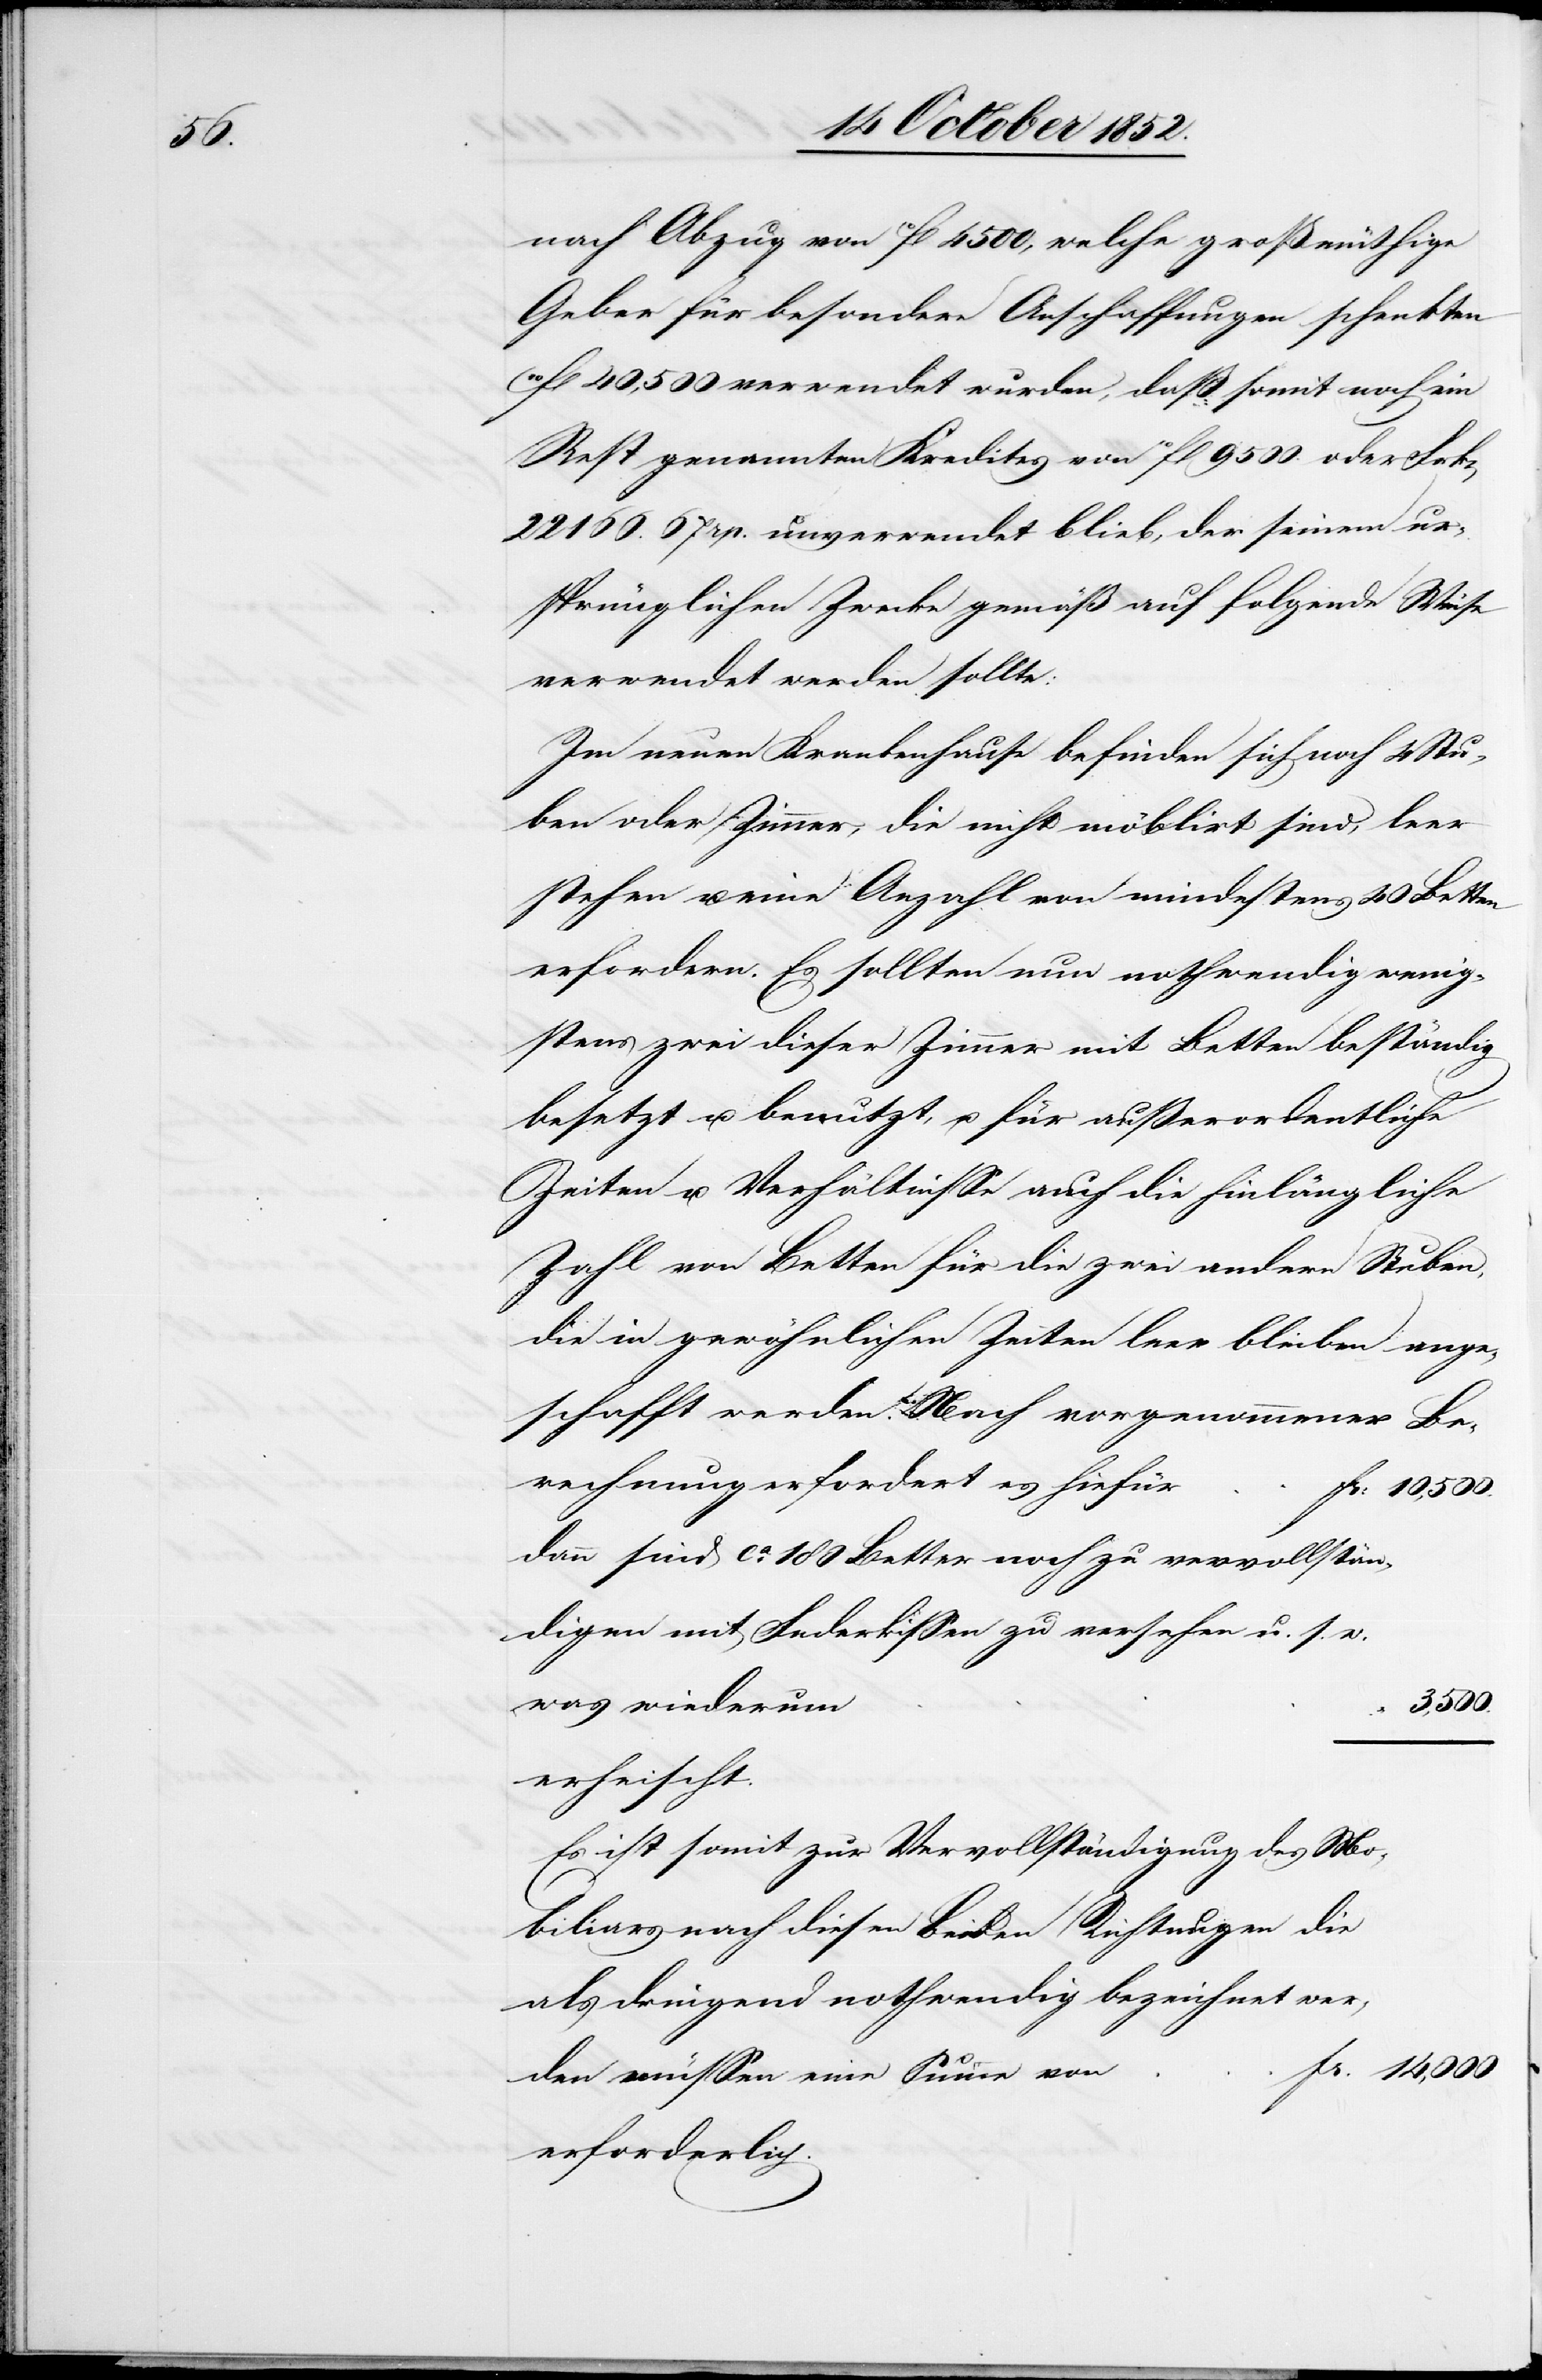
nach Abzug von 10fl 4500, welche großmüthige
Geber für besondere Anschaffungen schenkten
10fl 40,500 verwendet wurden, daß somit noch ein
Rest genannten Kredites von 10fl 9500. oder Frk[en]
22 166. 67 rp. unverwendet blieb, der seinem ur¬
sprünglichen Zwecke gemäß auf folgende Weise
verwendet werden sollte:
Im neuen Krankenhause befinden sich noch 4 Stu¬
ben oder Zimmer, die nicht möblirt sind, leer
stehen u. eine Anzahl von mindestens 40 Betten
erfordern. Es sollten nun nothwendig wenig¬
stens zwei dieser Zimmer mit Betten beständig
besetzt u. benutzt, u. für außerordentliche
Zeiten u. Verhältnisse auch die hinlängliche
Zahl von Betten für die zwei andern Stuben,
die in gewöhnlichen Zeiten leer bleiben ange¬
Berechnung erfordert es hiefür
Fr: 10,500.
dann sind ca. 180 Better noch zu vervollstän¬
digen mit Federkissen zu versehen u. s. w.
was wiederum
3,500.
erheischt.
Es ist somit zur Vervollständigung des Mo¬
biliars nach diesen beiden Richtungen die
als dringend nothwendig bezeichnet wer¬
Fr. 14,000
den müssen eine Summe von
erforderlich.